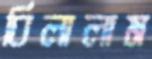
বিলালাম